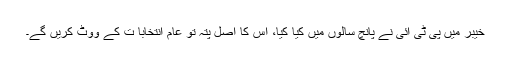
خیبر میں پی ٹی آئی نے پانچ سالوں میں کیا کیا، اس کا اصل پتہ تو عام انتخابا ت کے ووٹ کریں گے۔